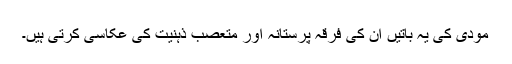
مودی کی یہ باتیں ان کی فرقہ پرستانہ اور متعصب ذہنیت کی عکاسی کرتی ہیں۔